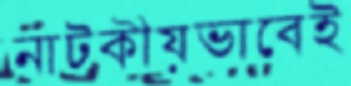
নাটকীয়ভাবেই